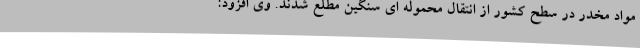
مواد مخدر در سطح کشور از انتقال محموله ای سنگین مطلع شدند. وی افزود: